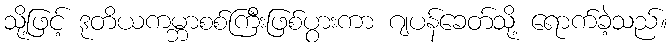
သို့ဖြင့် ဒုတိယကမ္ဘာစစ်ကြီးဖြစ်ပွားကာ ဂျပန်ခေတ်သို့ ရောက်ခဲ့သည်။